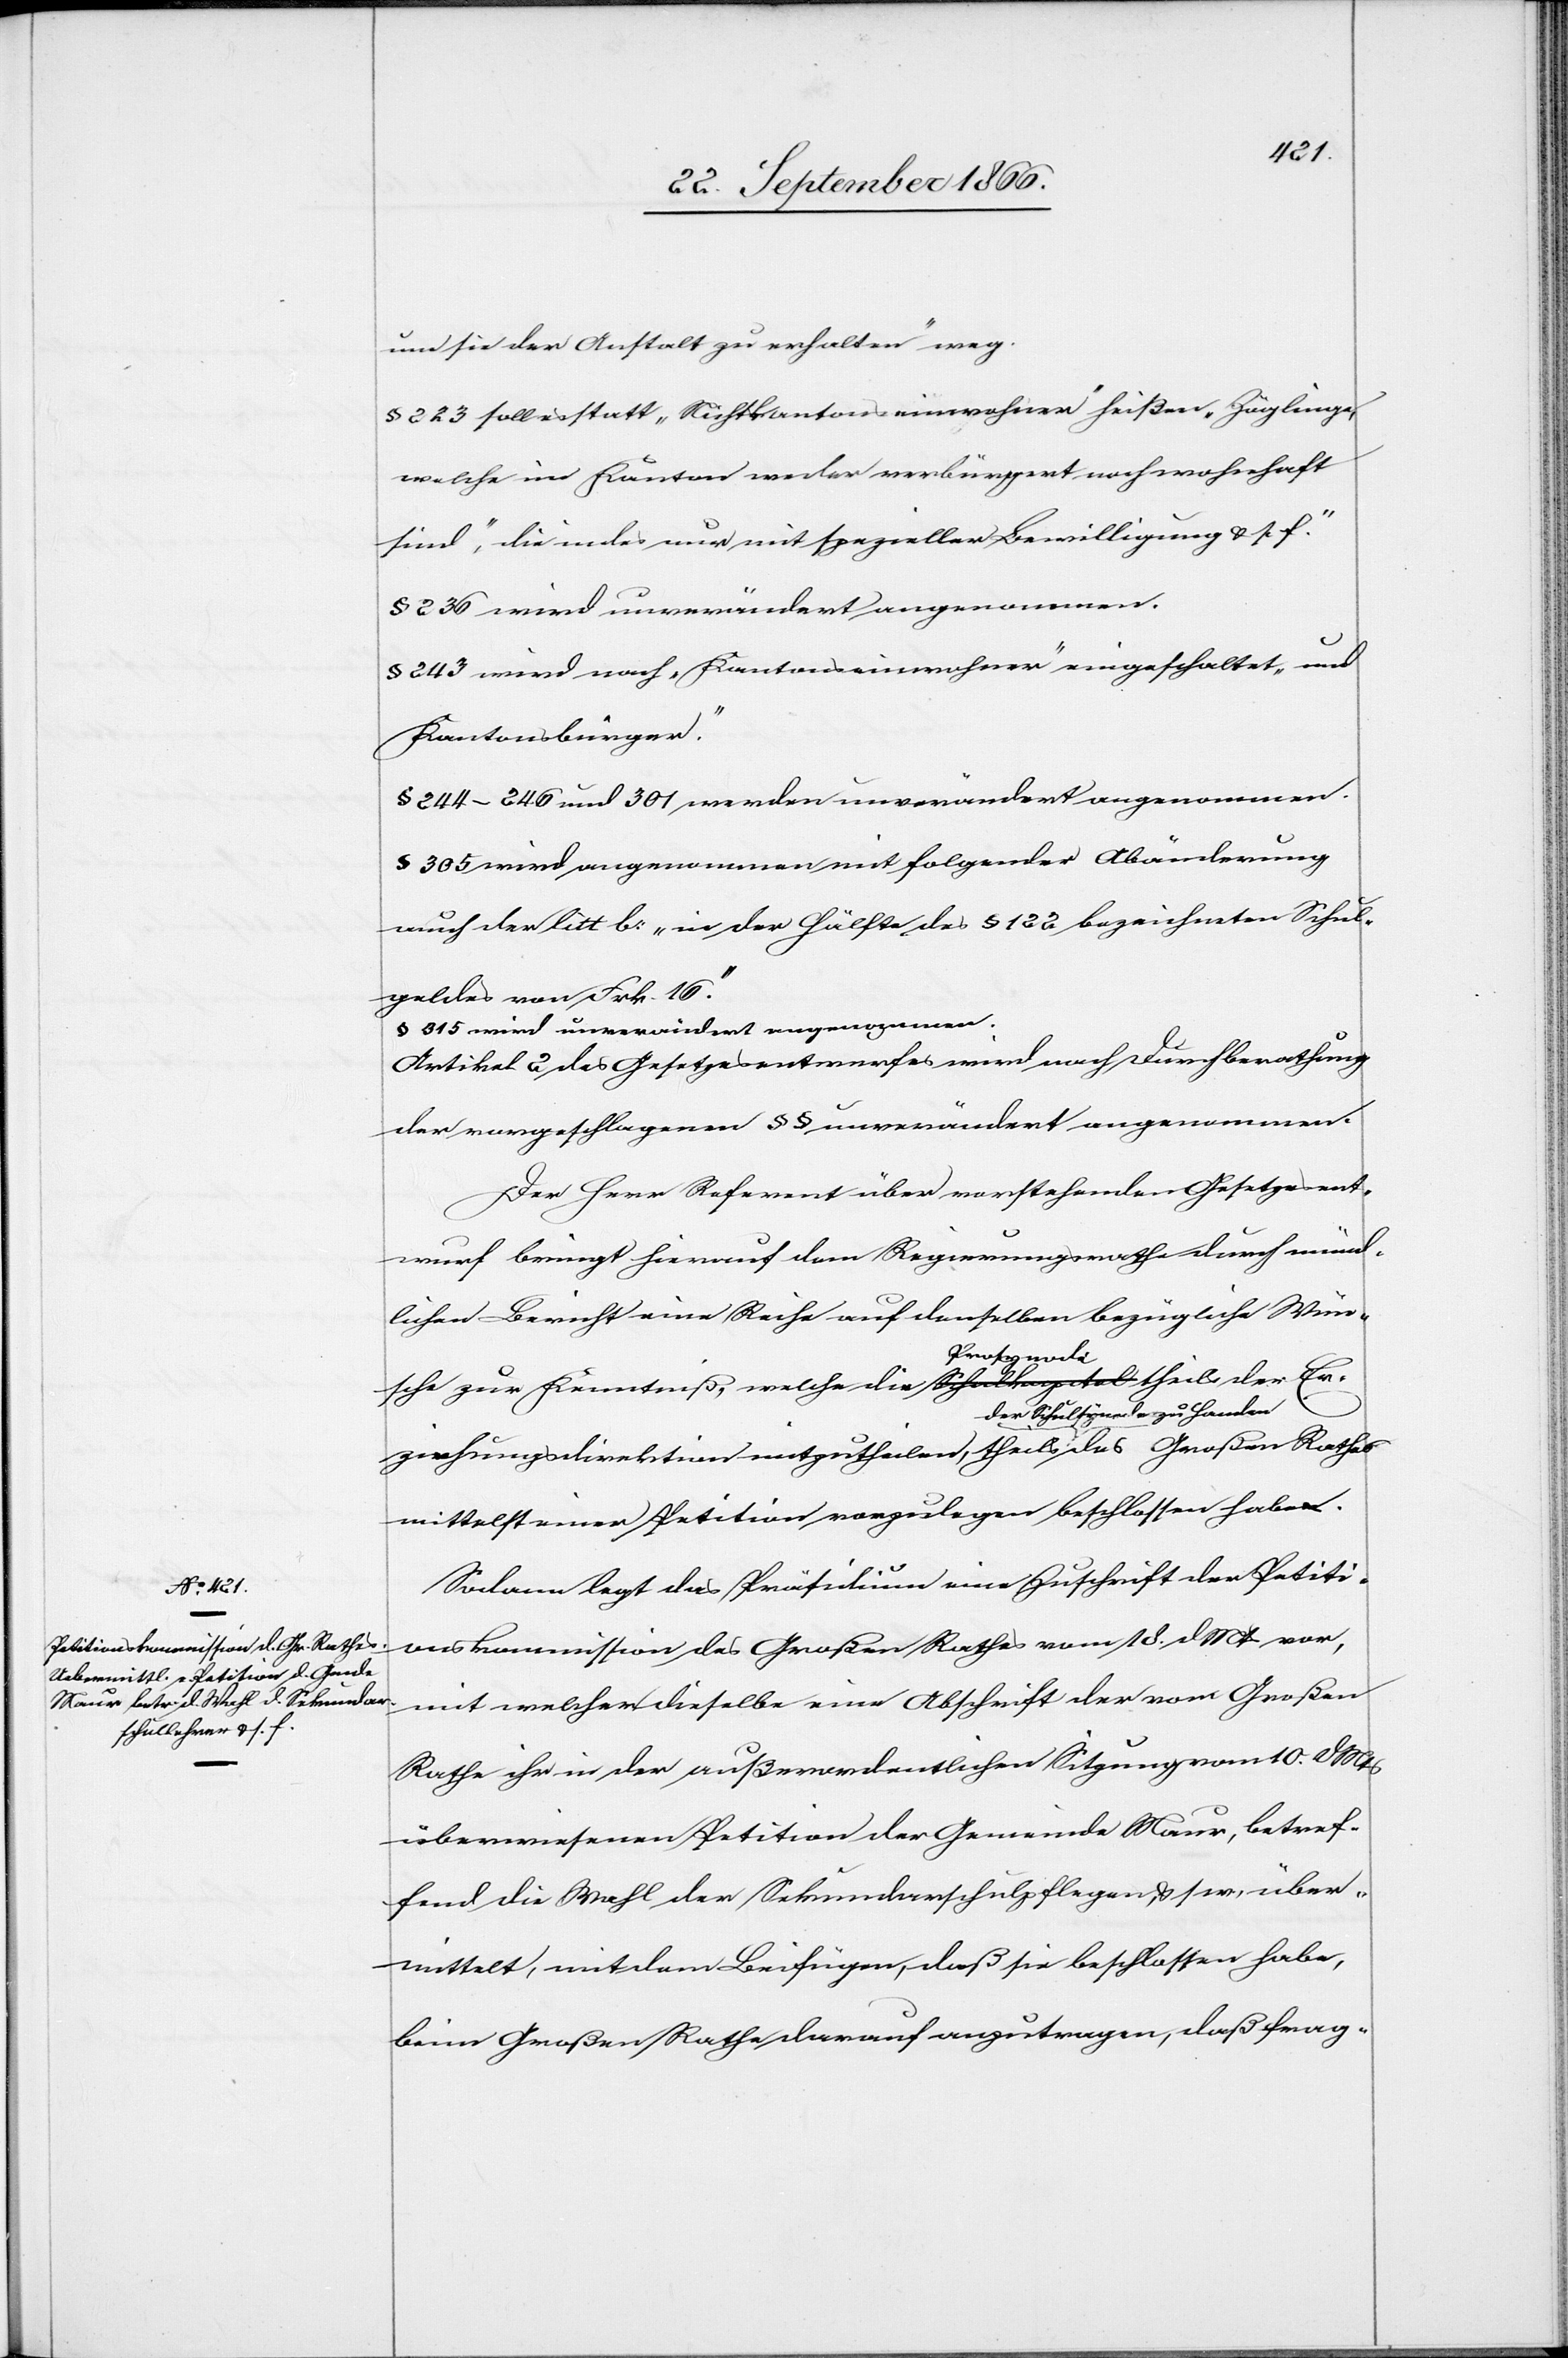
um sie der Anstalt zu erhalten“ weg.
§ 223 soll es statt „Nichtkantonseinwohner“ heißen „Zöglinge,
welche im Kanton weder verbürgert noch wohnhaft
sind, die indes nur mit speziellen Bewilligungen u. s. f.“
§ 236 wird unverändert angenommen.
§ 243 wird nach „Kantonseinwohner“ eingeschaltet „und
Kantonsbürger“.
§ 244–246 und 301 werden unverändert angenommen.
§ 305 wird angenommen mit folgender Abänderung
nach der litt b: „in der Hälfte des § 122 bezeichneten Schul¬
geldes von Frk. 16.“
§ 316 wird unverändert angenommen.
Artikel 2 des Gesetzesentwurfes wird nach Durchberathung
der vorgeschlagenen § § unverändert angenommen.
Der Herr Referent über vorstehenden Gesetzesent¬
wurf bringt hierauf dem Regierungsrathe durch münd¬
lichen Bericht eine Reihe auf denselben bezügliche Wün¬
sche zur Kenntniß, welche die a-Schulkapitel-a Prosynode theils der Er¬
ziehungsdirektion mitzutheilen, theils der Schulsynode
mittelst einer Petition vorzulegen beschlossen habe.
Sodann legt das Präsidium eine Zuschrift der Petiti¬
onskommission des Großen Rathes vom 18. dMts. vor,
mit welcher dieselbe eine Abschrift der vom Großen
Rathe ihr in der außerordentlichen Sitzung vom 10. dMts
überwiesenen Petition der Gemeinde Maur, betref¬
fend die Wahl der Sekundarschulpflegen u. s. w. über¬
mittelt, mit dem Beifügen, daß sie beschlossen habe,
beim Großen Rathe darauf anzutragen, daß frag-